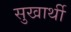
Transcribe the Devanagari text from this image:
सुखार्थी